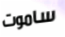
ساموت